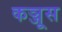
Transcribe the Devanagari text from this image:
कञ्जूस